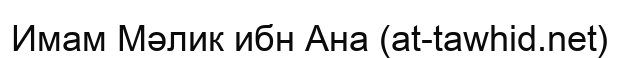
Имам Мәлик ибн Ана (at-tawhid.net)